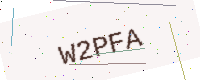
Text: W2PFA